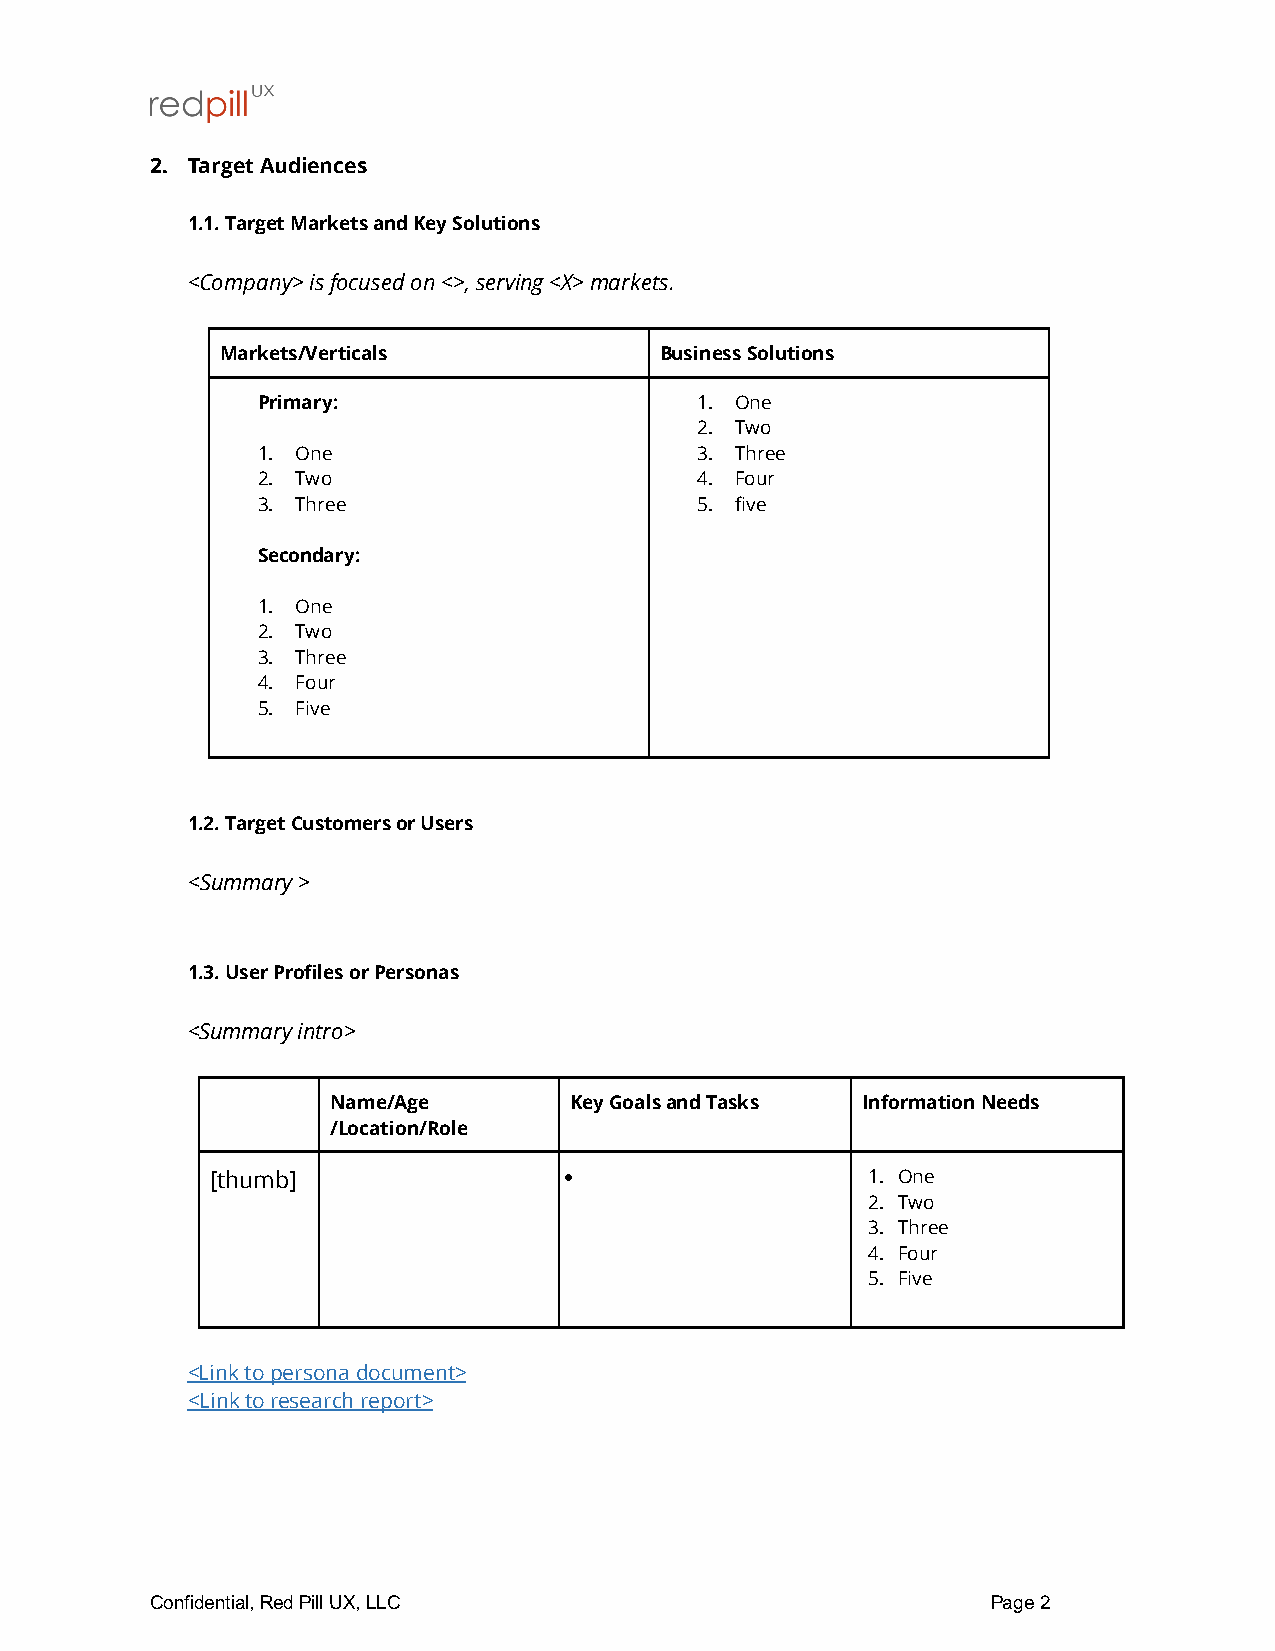
2. Target Audiences
 1.1. Target Markets and Key Solutions
 <Company> is focused on <>, serving <X> markets.
 Markets/Verticals            Business Solutions
 Primary:                     1. One
 2. Two
 1. One                       3. Three
 2. Two                       4. Four
 3. Three                     5. five
 Secondary:
 1. One
 2. Two
 3. Three
 4. Four
 5. Five
 1.2. Target Customers or Users
 <Summary >
 1.3. User Profiles or Personas
 <Summary intro>
 Name/Age        Key Goals and Tasks Information Needs
 /Location/Role
 [thumb]                •                   1. One
 2. Two
 3. Three
 4. Four
 5. Five
 <Link to persona document>
 <Link to research report>
 Confidential, Red Pill UX, LLC                          Page 2